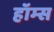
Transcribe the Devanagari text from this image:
हॉम्स